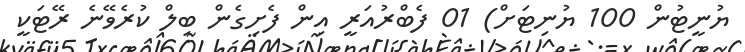
ޔުނީޓުން 100 ޔުނިޓަށް) 01 ފެބްރުއަރީ އިން ފެށިގެން ބިލް ކުރެވޭނެ ރޭޓަކީ